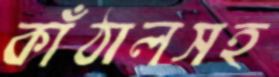
কাঁঠালসহ